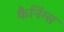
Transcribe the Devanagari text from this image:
कैनिंग्स